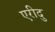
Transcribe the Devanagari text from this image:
एरीदु